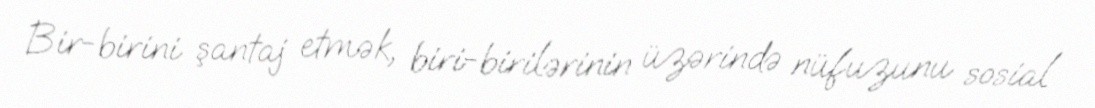
Bir-birini şantaj etmək, biri-birilərinin üzərində nüfuzunu sosial